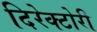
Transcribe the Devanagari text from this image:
दिरेक्टोरी